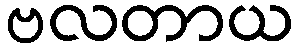
ဗလတာယ